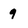
Character: 9